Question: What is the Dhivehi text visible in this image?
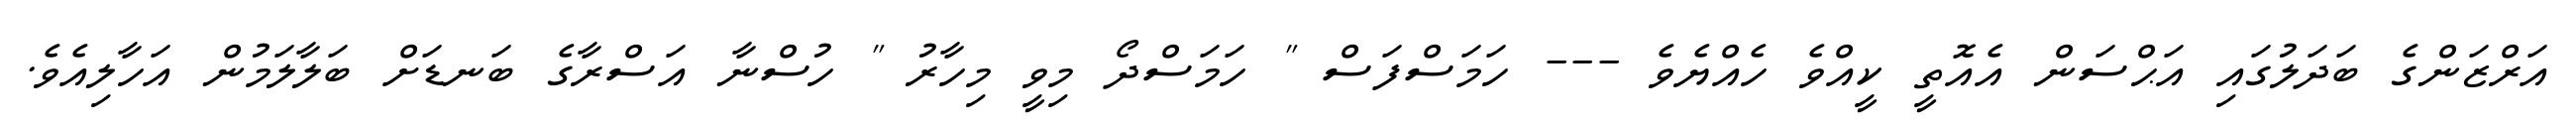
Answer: އަރްޒަންގެ ބަދަލުގައި އަޙްސަން އެއޮތީ ކީއްވެ ހެއްޔެވެ --- ހަމަސްފަސް " ހަމަސްދޯ މިވީ މިހާރު " ހުސްނާ އަސްރާގެ ބަނޑަށް ބަލާލަމުން އަހާލިއެވެ.